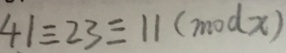
4 1 \equiv 2 3 \equiv 1 1 ( m o d x )